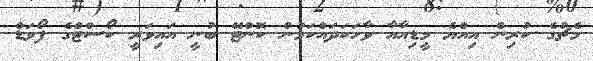
މެޗުގެ ކުރިން އިއްޔެ މީޑިއާއާ ވާހަކަދައްކަމުން ކޮންޓޭ ބުނީ އައިވަރީ ކޯސްޓްގެ ފޯވަޑް